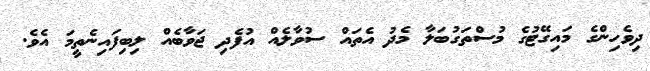
ދިވެހިންގެ މައިގޭޓުގެ މުސްތަގުބަލާ މެދު އެތައް ސުވާލެއް އުފެދި ޖަވާބެއް ލިބިފައިނެތީމަ އެވެ.